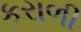
કરાળી